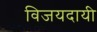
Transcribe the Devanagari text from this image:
विजयदायी